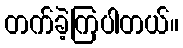
တက်ခဲ့ကြပါတယ်။